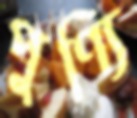
পুণ্যি